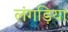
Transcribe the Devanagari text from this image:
लंगड़िया